King Institute of Preventive Medicine Micro-Biological Section reports 1909-11
Year: 1909
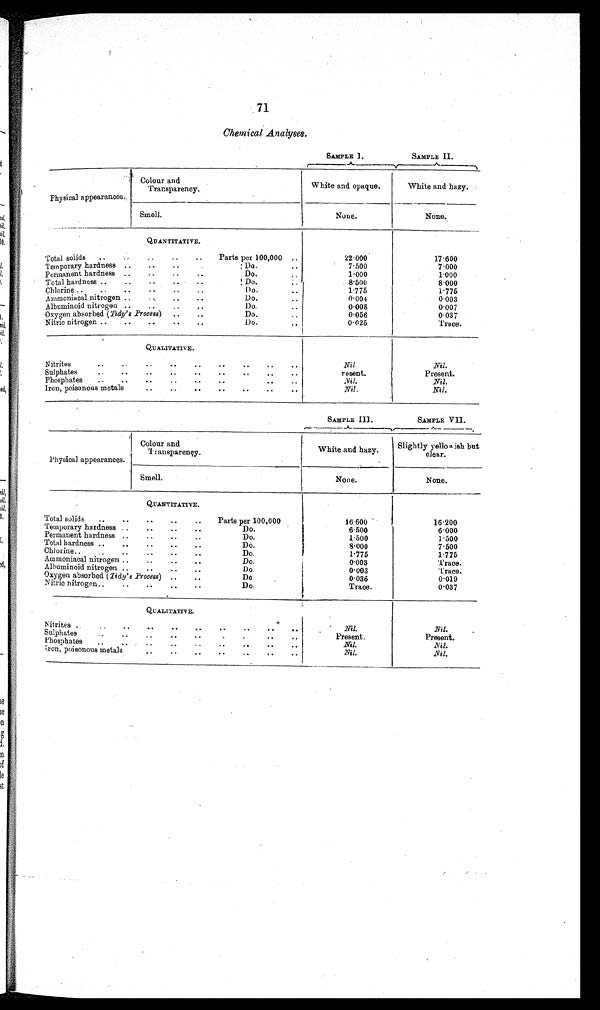
71
Chemical Analyses .
SAMPLE I.
SAMPLE II.
Physical appearances.
Colour and
Transparency.
White and opaque.
White and hazy.
Smell.
None.
None.
QUANTITATIVE.
Total solids
Parts per 100,000
22·000
17·600
Temporary hardness
Do.
7·500
7·000
Permanent hardness
Do.
1·000
1·000
Total hardness
Do.
8·500
8·000
Chlorine
Do.
1·775
1·775
Ammoniacal nitrogen
Do.
0·004
0·003
Albuminoid nitrogen
Do.
0 · 0 0 8
0·007
Oxygen absorbed ( Tidy's Process)
Do.
0 · 0 5 6
0·037
Nitric nitrogen
Do.
0·025
Trace.
QUALITATIVE.
Nitrites
Nil
Nil.
Sulphates
resent.
Present.
Phosphates
Nil.
Nil.
Iron, poisonous metals
Nil .
Nil.
SAMPLE III.
SAMPLE VII.
Physical appearances.
Colour and
Transpareney.
White and hazy.
Slightly yellowish but
clear.
Smell.
None.
None.
QUANTITATIVE.
Total solids
Parts per 100,000
16·600
16·200
Temporary hardness
Do.
6·500
6·000
Permanent hardness
Do.
1·500
1·500
Total hardness
Do.
8·000
7·500
Chlorine
Do.
1·775
1·775
Ammoniacal nitrogen
Do.
0·003
Trace.
Albuminoid nitrogen
Do.
0·003
Trace.
Oxygen absorbed (Tidy's Process)
Do
0·036
0·019
Nitric nitrogen
Do.
Trace.
0·037
QUALITATIVE.
Nitrites
Nil.
Nil.
Sulphates
Present.
Present.
Phosphates
Nil.
Nil.
Iron, poisonous metals
Nil.
Nil .